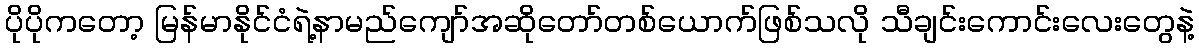
ပိုပိုကတော့ မြန်မာနိုင်ငံရဲ့နာမည်ကျော်အဆိုတော်တစ်ယောက်ဖြစ်သလို သီချင်းကောင်းလေးတွေနဲ့